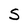
Character: S